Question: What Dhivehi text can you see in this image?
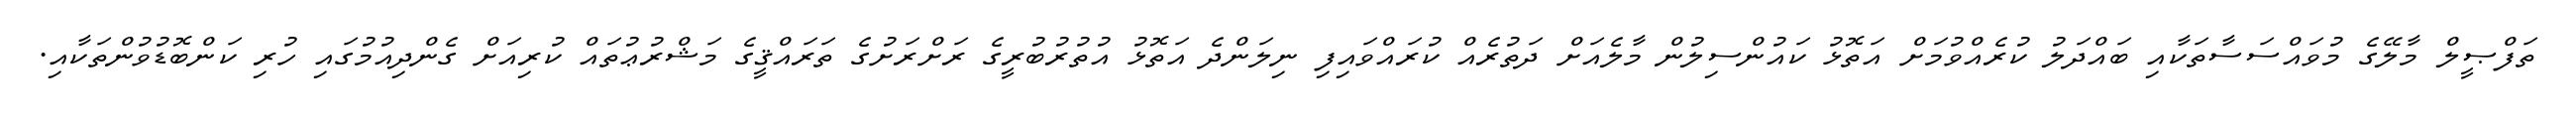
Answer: ތަފްޞީލް މާލޭގެ މުވައްސަސާތަކާއި ބައްދަލު ކުރެއްވުމަށް އަތޮޅު ކައުންސިލުން މާލެއަށް ދަތުރެއް ކުރައްވައިފި ނިލަންދެ އަތޮޅު އުތުރުބުރީގެ ރަށްރަށުގެ ތަރައްޤީގެ މަޝްރުޢުތައް ކުރިއަށް ގެންދިއުމުގައި ހުރި ކަންބޮޑުވުންތަކާއި.